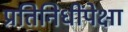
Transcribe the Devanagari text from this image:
प्रतिनिधींपेक्षा